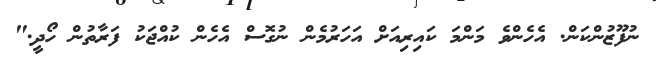
ނުފޫޒުންކަން. އެހެންވެ މަންމަ ކައިރިއަށް އަހަރުމެން ނުގޮސް އެހެން ކުއްޖަކު ފަރާތުން ހޯދީ."